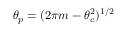
\theta _ { p } = ( 2 \pi m - \theta _ { c } ^ { 2 } ) ^ { 1 / 2 }